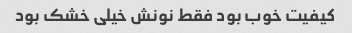
کیفیت خوب بود فقط نونش خیلی خشک بود